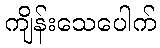
ကျိန်းသေပေါက်